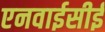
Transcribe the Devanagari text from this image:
एनवाईसीई